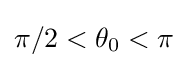
\pi /2<\theta _{0}<\pi